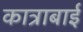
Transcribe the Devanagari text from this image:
कात्राबाई